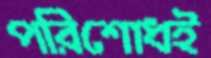
পরিশোধই